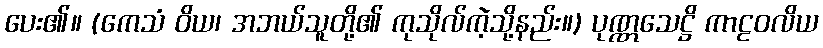
ပေး၏။ (ကေသံ ဝိယ၊ အဘယ်သူတို့၏ ကုသိုလ်ကဲ့သို့နည်း။) ပုဏ္ဏသေဋ္ဌိ ကာဠဝလိယ